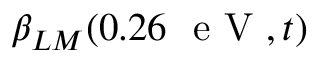
\beta _ { L M } ( 0 . 2 6 \ \textrm { e V } , t )